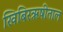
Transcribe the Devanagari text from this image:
खिबिरऋषीताल